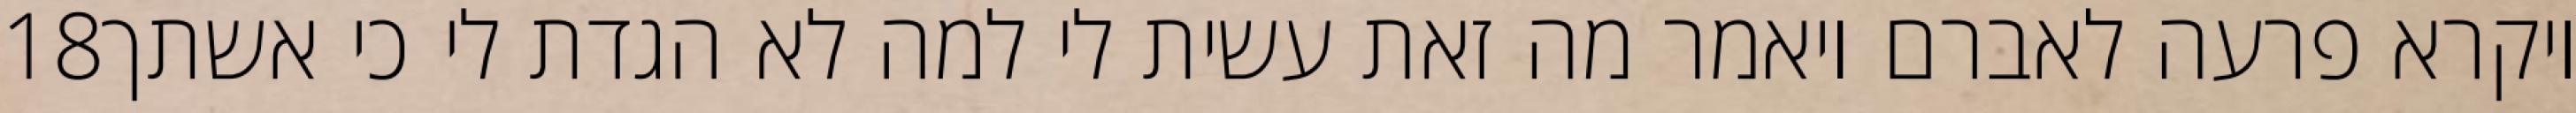
‎18‏ ויקרא פרעה לאברם ויאמר מה זאת עשית לי למה לא הגדת לי כי אשתך